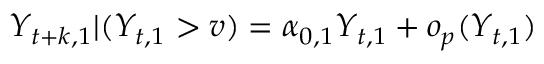
Y _ { t + k , 1 } | ( Y _ { t , 1 } > v ) = \alpha _ { 0 , 1 } Y _ { t , 1 } + o _ { p } ( Y _ { t , 1 } )